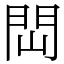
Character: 閊